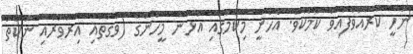
ނަހީ ކުރައްވާފައިވާ ކަމެކެވެ. އެހެނީ މިކަމުގައި އުޅުނު މީހުންގެ (ވަގުތާއި އިރުވަރާއި ނަކަތް